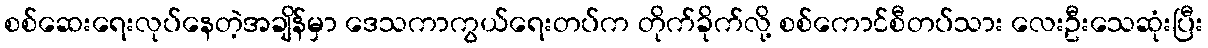
စစ်ဆေးရေးလုပ်နေတဲ့အချိန်မှာ ဒေသကာကွယ်ရေးတပ်က တိုက်ခိုက်လို့ စစ်ကောင်စီတပ်သား လေးဦးသေဆုံးပြီး